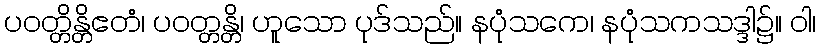
ပဝတ္တိန္တိဧတံ၊ ပဝတ္တန္တိ၊ ဟူသော ပုဒ်သည်။ နပုံသကေ၊ နပုံသကသဒ္ဒါ၌။ ဝါ၊